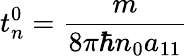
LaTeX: t_{n}^{0}=\frac{m}{8\pi\hbar n_{0}a_{11}}